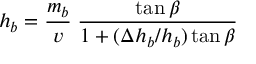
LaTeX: h _ { b } = \frac { m _ { b } } { v } \; \frac { \tan \beta } { 1 + ( \Delta h _ { b } / h _ { b } ) \tan \beta }